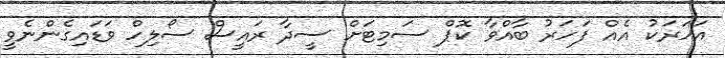
އަހަރަކު އެއް ފަހަރު ބާއްވާ ކޮޕް ސަމިޓަށް ސީދާ ރައީސް ސޯލިހް ވަޑައިގެންނެވީ